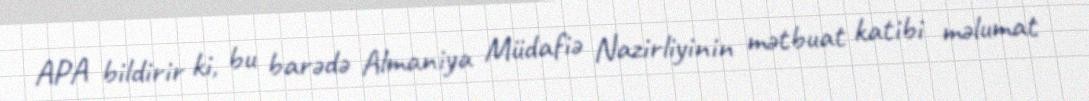
APA bildirir ki, bu barədə Almaniya Müdafiə Nazirliyinin mətbuat katibi məlumat